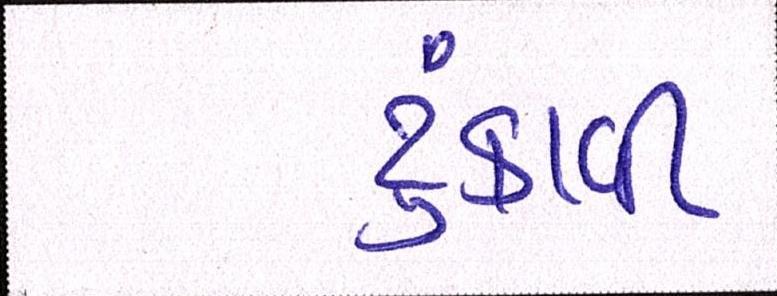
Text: ટુંકાવી